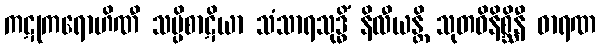
ကဋုကရောဟိဏီ သပ္ပိစာဋိယာ သံသာရသုဒ္ဓိံ နိလီယန္တိ သုတဝိနိစ္ဆိနီ ဓာရဏ